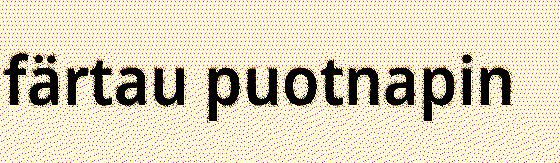
färtau puotnapin